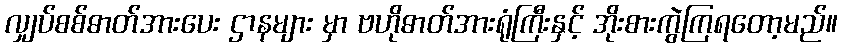
လျှပ်စစ်ဓာတ်အားပေး ဌာနများ မှာ ဗဟိုဓာတ်အားရုံကြီးနှင့် အိုးစားကွဲကြရတော့မည်။